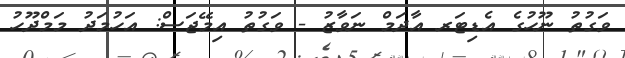
ވަގުތު ނޫހުގެ އެޑިޓަރ އާދަމް ނަވާޒު - ވަގުތު އިމޭޖަސް: އަހުމަދު މަމްދޫހު